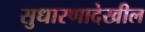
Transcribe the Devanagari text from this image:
सुधारणादेखील